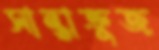
সান্তাক্রুজ